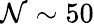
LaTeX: \mathcal{N}\sim50